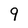
Character: 9